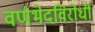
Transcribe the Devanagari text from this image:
वर्णभेदविरोधी